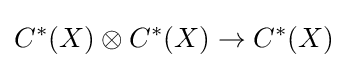
C^{*}(X)\otimes C^{*}(X)\to C^{*}(X)